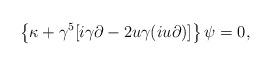
LaTeX: \begin{align*}\left\{\kappa + \gamma^5 [i \gamma \partial - 2 u \gamma (i u \partial)]\right\} \psi = 0,\end{align*}